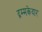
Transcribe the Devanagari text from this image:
द्रम्मकेदार